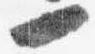
一